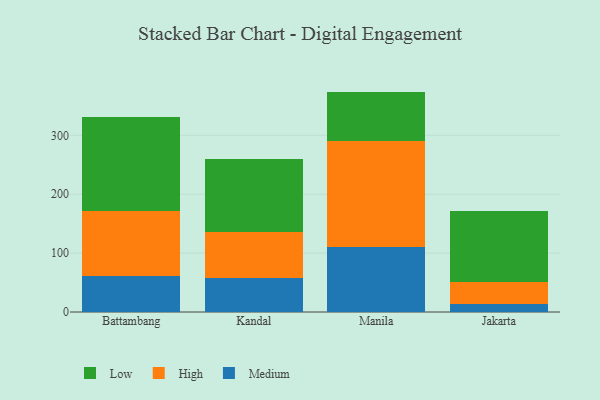
{"axis": {"x": "City", "y": "Population (Million)"}, "legend": ["High", "Low", "Medium"], "data": [{"x": "Battambang", "y": 60.5, "type": "Medium"}, {"x": "Battambang", "y": 110.3, "type": "High"}, {"x": "Battambang", "y": 160.2, "type": "Low"}, {"x": "Kandal", "y": 57.5, "type": "Medium"}, {"x": "Kandal", "y": 78.0, "type": "High"}, {"x": "Kandal", "y": 123.6, "type": "Low"}, {"x": "Manila", "y": 110.3, "type": "Medium"}, {"x": "Manila", "y": 179.7, "type": "High"}, {"x": "Manila", "y": 84.3, "type": "Low"}, {"x": "Jakarta", "y": 13.0, "type": "Medium"}, {"x": "Jakarta", "y": 37.7, "type": "High"}, {"x": "Jakarta", "y": 121.1, "type": "Low"}]}